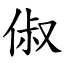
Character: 俶